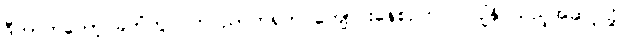
ဒီဟာကတော့ ခဲတံတွင် ကင်ညာတရုတ် ကျောင်းနေစဉ်ကပင် ပျံနိုင်သည့်အဆင့်သို့